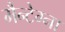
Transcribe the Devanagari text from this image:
मैन्टेग्ना